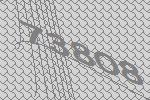
73808